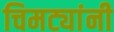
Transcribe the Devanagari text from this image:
चिमट्यांनी